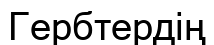
Гербтердің